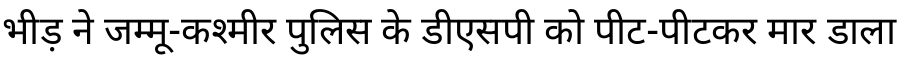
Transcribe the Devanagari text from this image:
भीड़ ने जम्मू-कश्मीर पुलिस के डीएसपी को पीट-पीटकर मार डाला